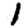
Digit: 1